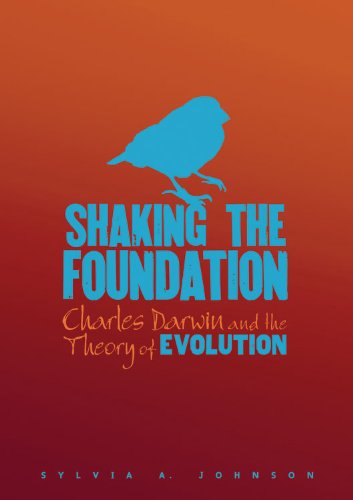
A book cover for Shaking the Foundation: Charles Darwin and the Theory of Evolution; Sylvia Johnson; Teen & Young Adult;